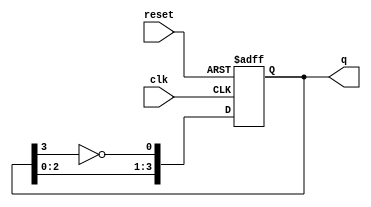
module johnson_counter #(parameter N = 4) (
    input wire clk,          // Clock input
    input wire reset,        // Asynchronous reset
    output reg [N-1:0] q     // Counter output
);

    // Always block triggered on the rising edge of the clock or when reset
    always @(posedge clk or posedge reset) begin
        if (reset) begin
            // Asynchronous reset: set output to 0
            q <= 0;
        end else begin
            // Johnson counter logic: shift right and feedback inverted last bit
            q <= {q[N-2:0], ~q[N-1]};
        end
    end
endmodule